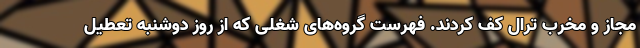
مجاز و مخرب ترال کف کردند. فهرست گروه‌های شغلی که از روز دوشنبه تعطیل